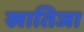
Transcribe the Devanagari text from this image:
खातिजा